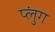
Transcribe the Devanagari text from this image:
प्लुंग